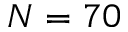
N = 7 0